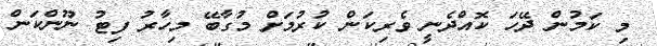
މި ކަމުން ދޭހަ ކޮއްދެނީ ވެރިކަން ކުރުމަށް މުގާބޭ މިހާރު ފިޓު ނޫންކަން